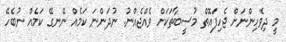
މީ ދިވެހިންނަށް ޖެހިފައޮތް މުސީބާތަކަށް ވެއްޖެއްނު. ނުދަންނަ ކަމެއް ނޭނގޭ ކަމެއް ނުބެހޭ